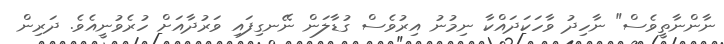
ނާންނާތީވެސް" ނާހިދު ވާހަކަދައްކާ ނިމުނު އިރުވެސް ގުޑާލަން ނޭނގިފައި ވަރުދާއަށް ހުރެވުނީއެވެ. ދަރިން